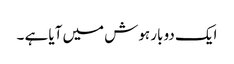
ایک دو بار ہوش میں آیا ہے ۔